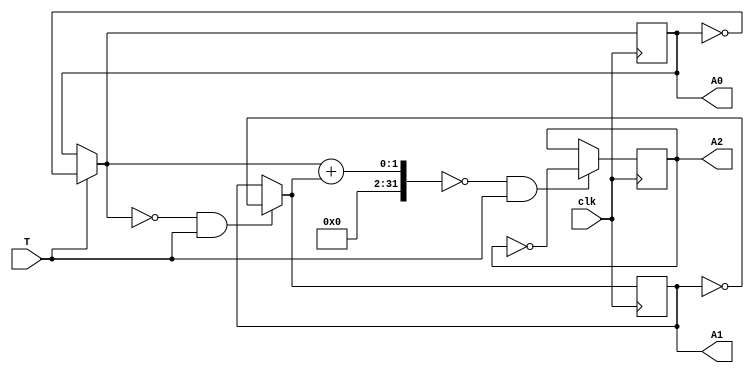
module counter(input clk, T,output A0,A1,A2);
    reg X0,X1,X2;
    initial
      begin
      X0=1;
      X1=0;    
      X2=0;
      end
    always @(posedge clk)
      begin
      if(T==1) X0=~X0;
      if(X0==0&&T==1) X1=~X1;
      if(X0+X1==0&&T==1) X2=~X2;
      end
    assign A0=X0;
    assign A1=X1;
    assign A2=X2;
endmodule